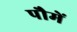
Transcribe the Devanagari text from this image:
पौमें